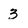
Character: 3